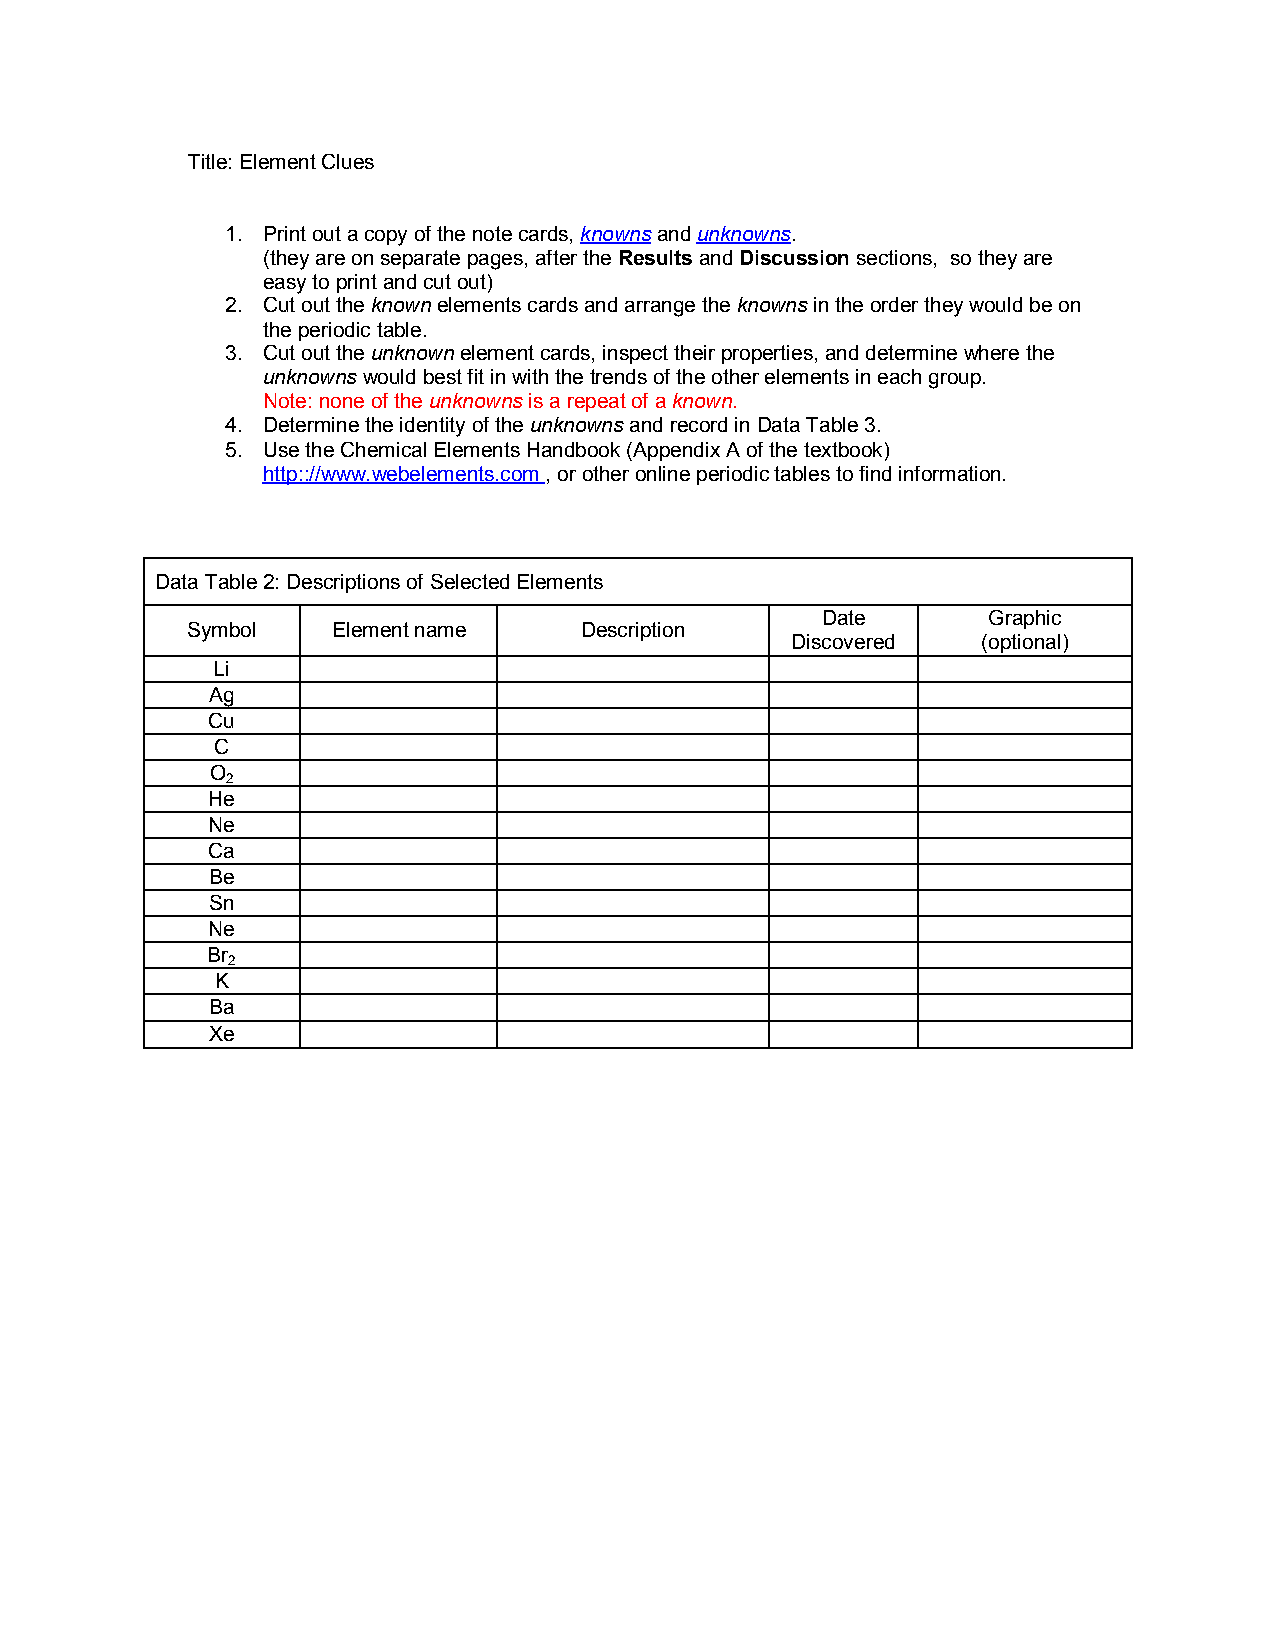
Title: Element Clues
 1. Print out a copy of the note cards, knowns and unknowns.
 (they are on separate pages, after the Results and Discussion sections, so they are
 easy to print and cut out)
 2. Cut out the known elements cards and arrange the knowns in the order they would be on
 the periodic table.
 3. Cut out the unknown element cards, inspect their properties, and determine where the
 unknowns would best fit in with the trends of the other elements in each group.
 Note: none of the unknowns is a repeat of a known.
 4. Determine the identity of the unknowns and record in Data Table 3.
 5. Use the Chemical Elements Handbook (Appendix A of the textbook)
 http:://www.webelements.com , or other online periodic tables to find information.
 Data Table 2: Descriptions of Selected Elements
 Date       Graphic
 Symbol    Element name    Description
 Discovered   (optional)
 Li
 Ag
 Cu
 C
 O
 2
 He
 Ne
 Ca
 Be
 Sn
 Ne
 Br
 2
 K
 Ba
 Xe